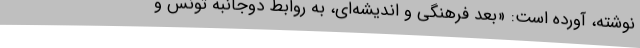
نوشته، آورده است: «بعد فرهنگی و اندیشه‌ای، به روابط دوجانبه تونس و